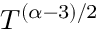
T ^ { ( \alpha - 3 ) / 2 }